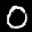
Label: 0